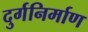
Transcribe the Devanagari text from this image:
दुर्गनिर्माण